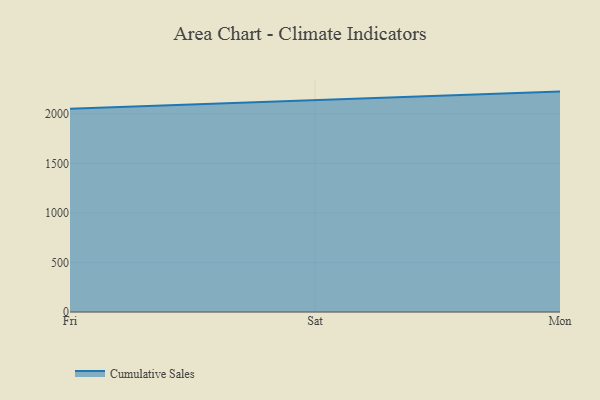
{"axis": {"x": "Day", "y": "Market Share (%)"}, "legend": ["Cumulative Sales"], "data": [{"x": "Fri", "y": 2050.2, "type": "Cumulative Sales"}, {"x": "Sat", "y": 2133.6, "type": "Cumulative Sales"}, {"x": "Mon", "y": 2224.0, "type": "Cumulative Sales"}]}